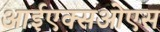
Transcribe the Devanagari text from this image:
आईएक्सओएस